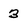
Character: 3